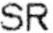
SR